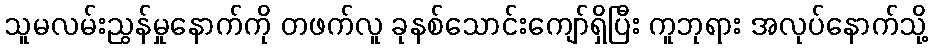
သူမလမ်းညွန်မှုနောက်ကို တဖက်လူ ခုနစ်သောင်းကျော်ရှိပြီး ကူဘုရား အလုပ်နောက်သို့